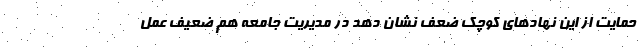
حمایت از این نهادهای کوچک ضعف نشان دهد در مدیریتِ جامعه هم ضعیف عمل